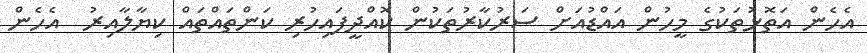
އެހެން އަތޮޅުތަކުގެ މީހުން އައްޑުއަށް ސަރުކާރުތަކުން ކޮއްދީފައިހުރި ކަންތައްތައް ކިޔާލާއިރު  އެހެން